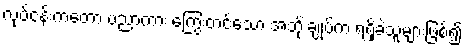
လုပ်ငန်းကတော့ ပညာကား ကြွေးတင်သော အဘိုးချုပ်က ရရှိခဲ့သူများဖြစ်၍